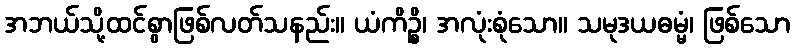
အဘယ်သို့ထင်စွာဖြစ်လတ်သနည်း။ ယံကိဉ္စိ၊ အလုံးစုံသော။ သမုဒယဓမ္မံ၊ ဖြစ်သော